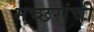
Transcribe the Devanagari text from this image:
मच्छरांची